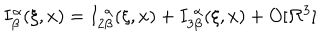
I _ { \beta } ^ { \alpha } ( \xi , x ) = I _ { 2 \beta } ^ { \; \alpha } ( \xi , x ) + I _ { 3 \beta } ^ { \; \alpha } ( \xi , x ) + O [ \Re ^ { 3 } ]